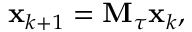
\mathbf { x } _ { k + 1 } = \mathbf { M } _ { \tau } \mathbf { x } _ { k } ,